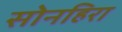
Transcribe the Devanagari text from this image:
सोनहिरा